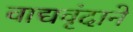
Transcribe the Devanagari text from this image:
वाद्यवृंदाने